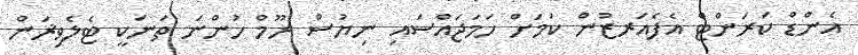
އެންޑް ކަރަންޓް އެފެއަރޒުން ކަމަށް ހަމަޖައްސައި ނިޔުސް ރޫމް ހުންނަ ތަނަކީ ޓެލެވިޜަން